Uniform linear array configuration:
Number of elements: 4
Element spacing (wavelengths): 0.75
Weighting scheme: uniform
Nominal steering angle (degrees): -45
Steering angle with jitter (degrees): -44.522
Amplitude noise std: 0.05
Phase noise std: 0.05

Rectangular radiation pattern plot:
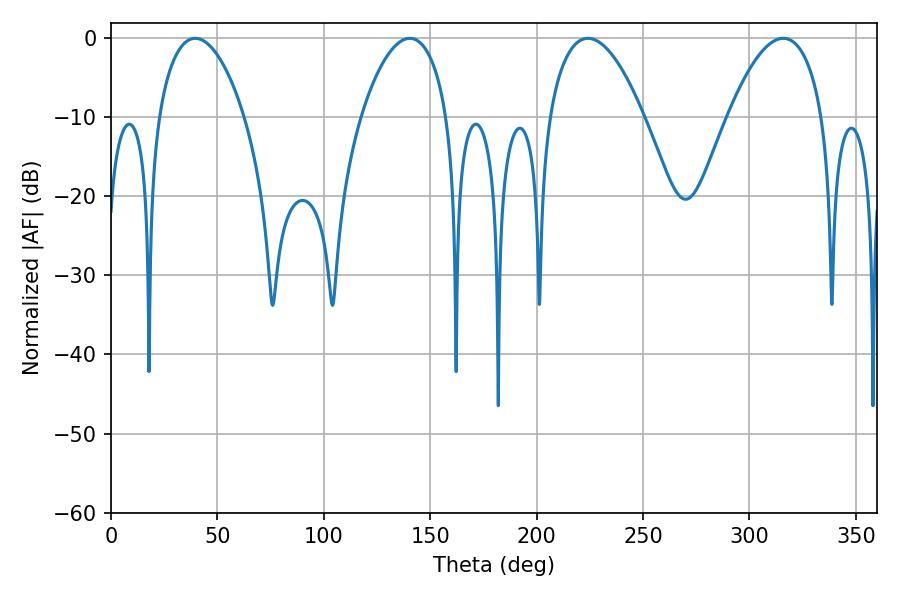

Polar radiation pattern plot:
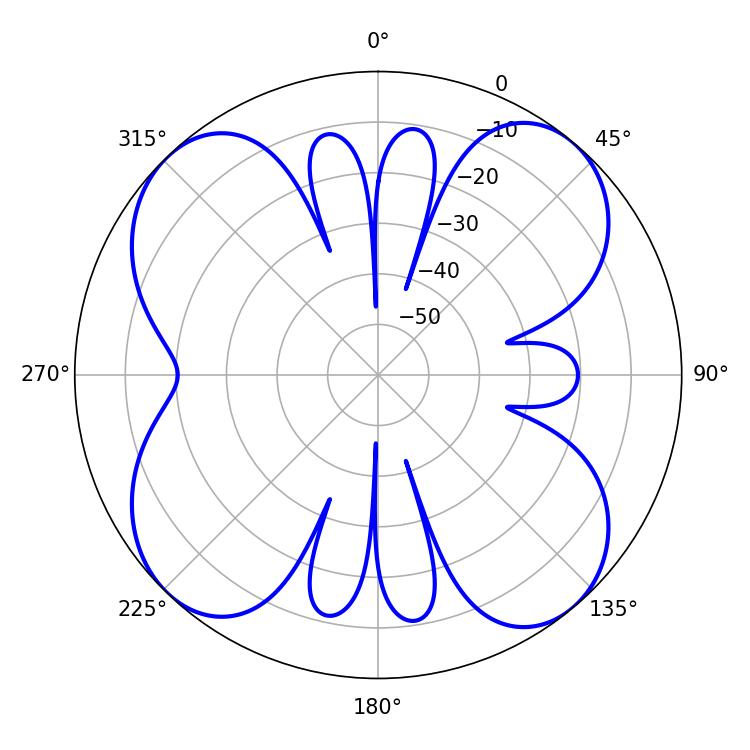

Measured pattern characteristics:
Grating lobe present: TRUE
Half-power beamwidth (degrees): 24.66
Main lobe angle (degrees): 224.1